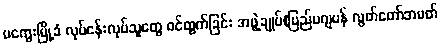
မကွေးမြို့ခံ လုပ်ငန်းလုပ်သူတွေ ဝင်ထွက်ခြင်း အဖွဲ့ချုပ်(ပြည်ပဂျပန် လွတ်တော်အမတ်